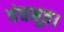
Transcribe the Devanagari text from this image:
पंचभूत।